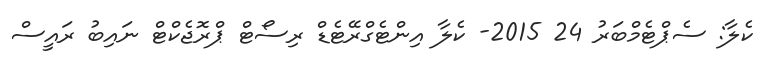
ކެލާ: ސެޕްޓެމްބަރު 24 2015- ކެލާ އިންޓެގްރޭޓެޑް ރިސޯޓް ޕްރޮޖެކްޓް ނައިބު ރައީސް